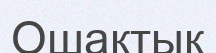
Ошақтық